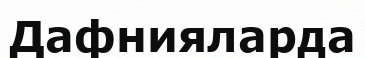
Дафнияларда